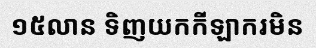
១៥លាន ទិញយកកីឡាករមិន